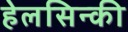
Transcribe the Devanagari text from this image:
हेलसिन्की